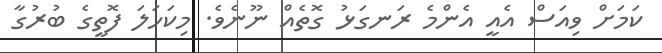
ކަމަށް ވިއަސް އެއީ އެންމެ ރަނގަޅު ގޮތެއް ނޫނެވެ. މިކަހަލަ ފޮތީގެ ބުރުގާ